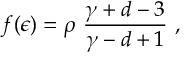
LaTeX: f ( \epsilon ) = \rho ~ { \frac { \gamma + d - 3 } { \gamma - d + 1 } } ~ ,